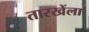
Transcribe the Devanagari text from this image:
तारखेंला